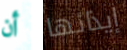
أن إيذائها